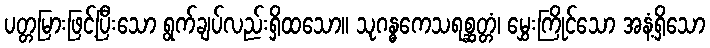
ပတ္တမြားဖြင့်ပြီးသော ရွက်ချပ်လည်းရှိထသော။ သုဂန္ဓကေသရစ္ဆတ္တံ၊ မွှေးကြိုင်သော အနံ့ရှိသော